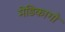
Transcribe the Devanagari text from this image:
मेडिकागो